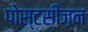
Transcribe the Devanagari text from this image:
पोस्टसीज़न